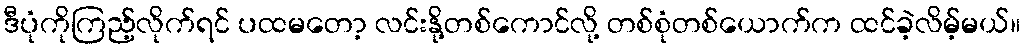
ဒီပုံကိုကြည့်လိုက်ရင် ပထမတော့ လင်းနို့တစ်ကောင်လို့ တစ်စုံတစ်ယောက်က ထင်ခဲ့လိမ့်မယ်။